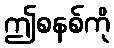
ဤစနစ်ကို